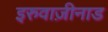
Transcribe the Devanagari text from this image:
इरुवाज़ीनाड